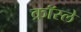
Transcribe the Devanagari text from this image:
क्रॉस्ले